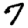
Digit: 7